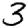
Digit: 3